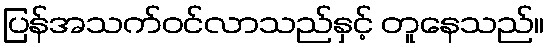
ပြန်အသက်ဝင်လာသည်နှင့် တူနေသည်။